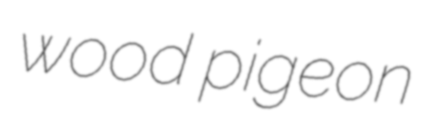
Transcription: wood pigeon